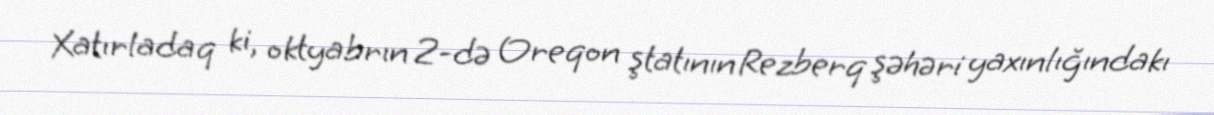
Xatırladaq ki, oktyabrın 2-də Oreqon ştatının Rezberq şəhəri yaxınlığındakı